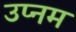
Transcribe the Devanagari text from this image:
उप्नम